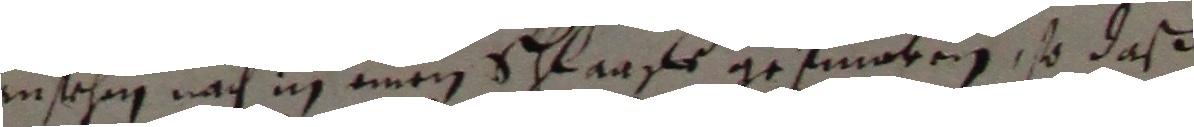
ansehng nach in einem schlaaff gefinken, so daß